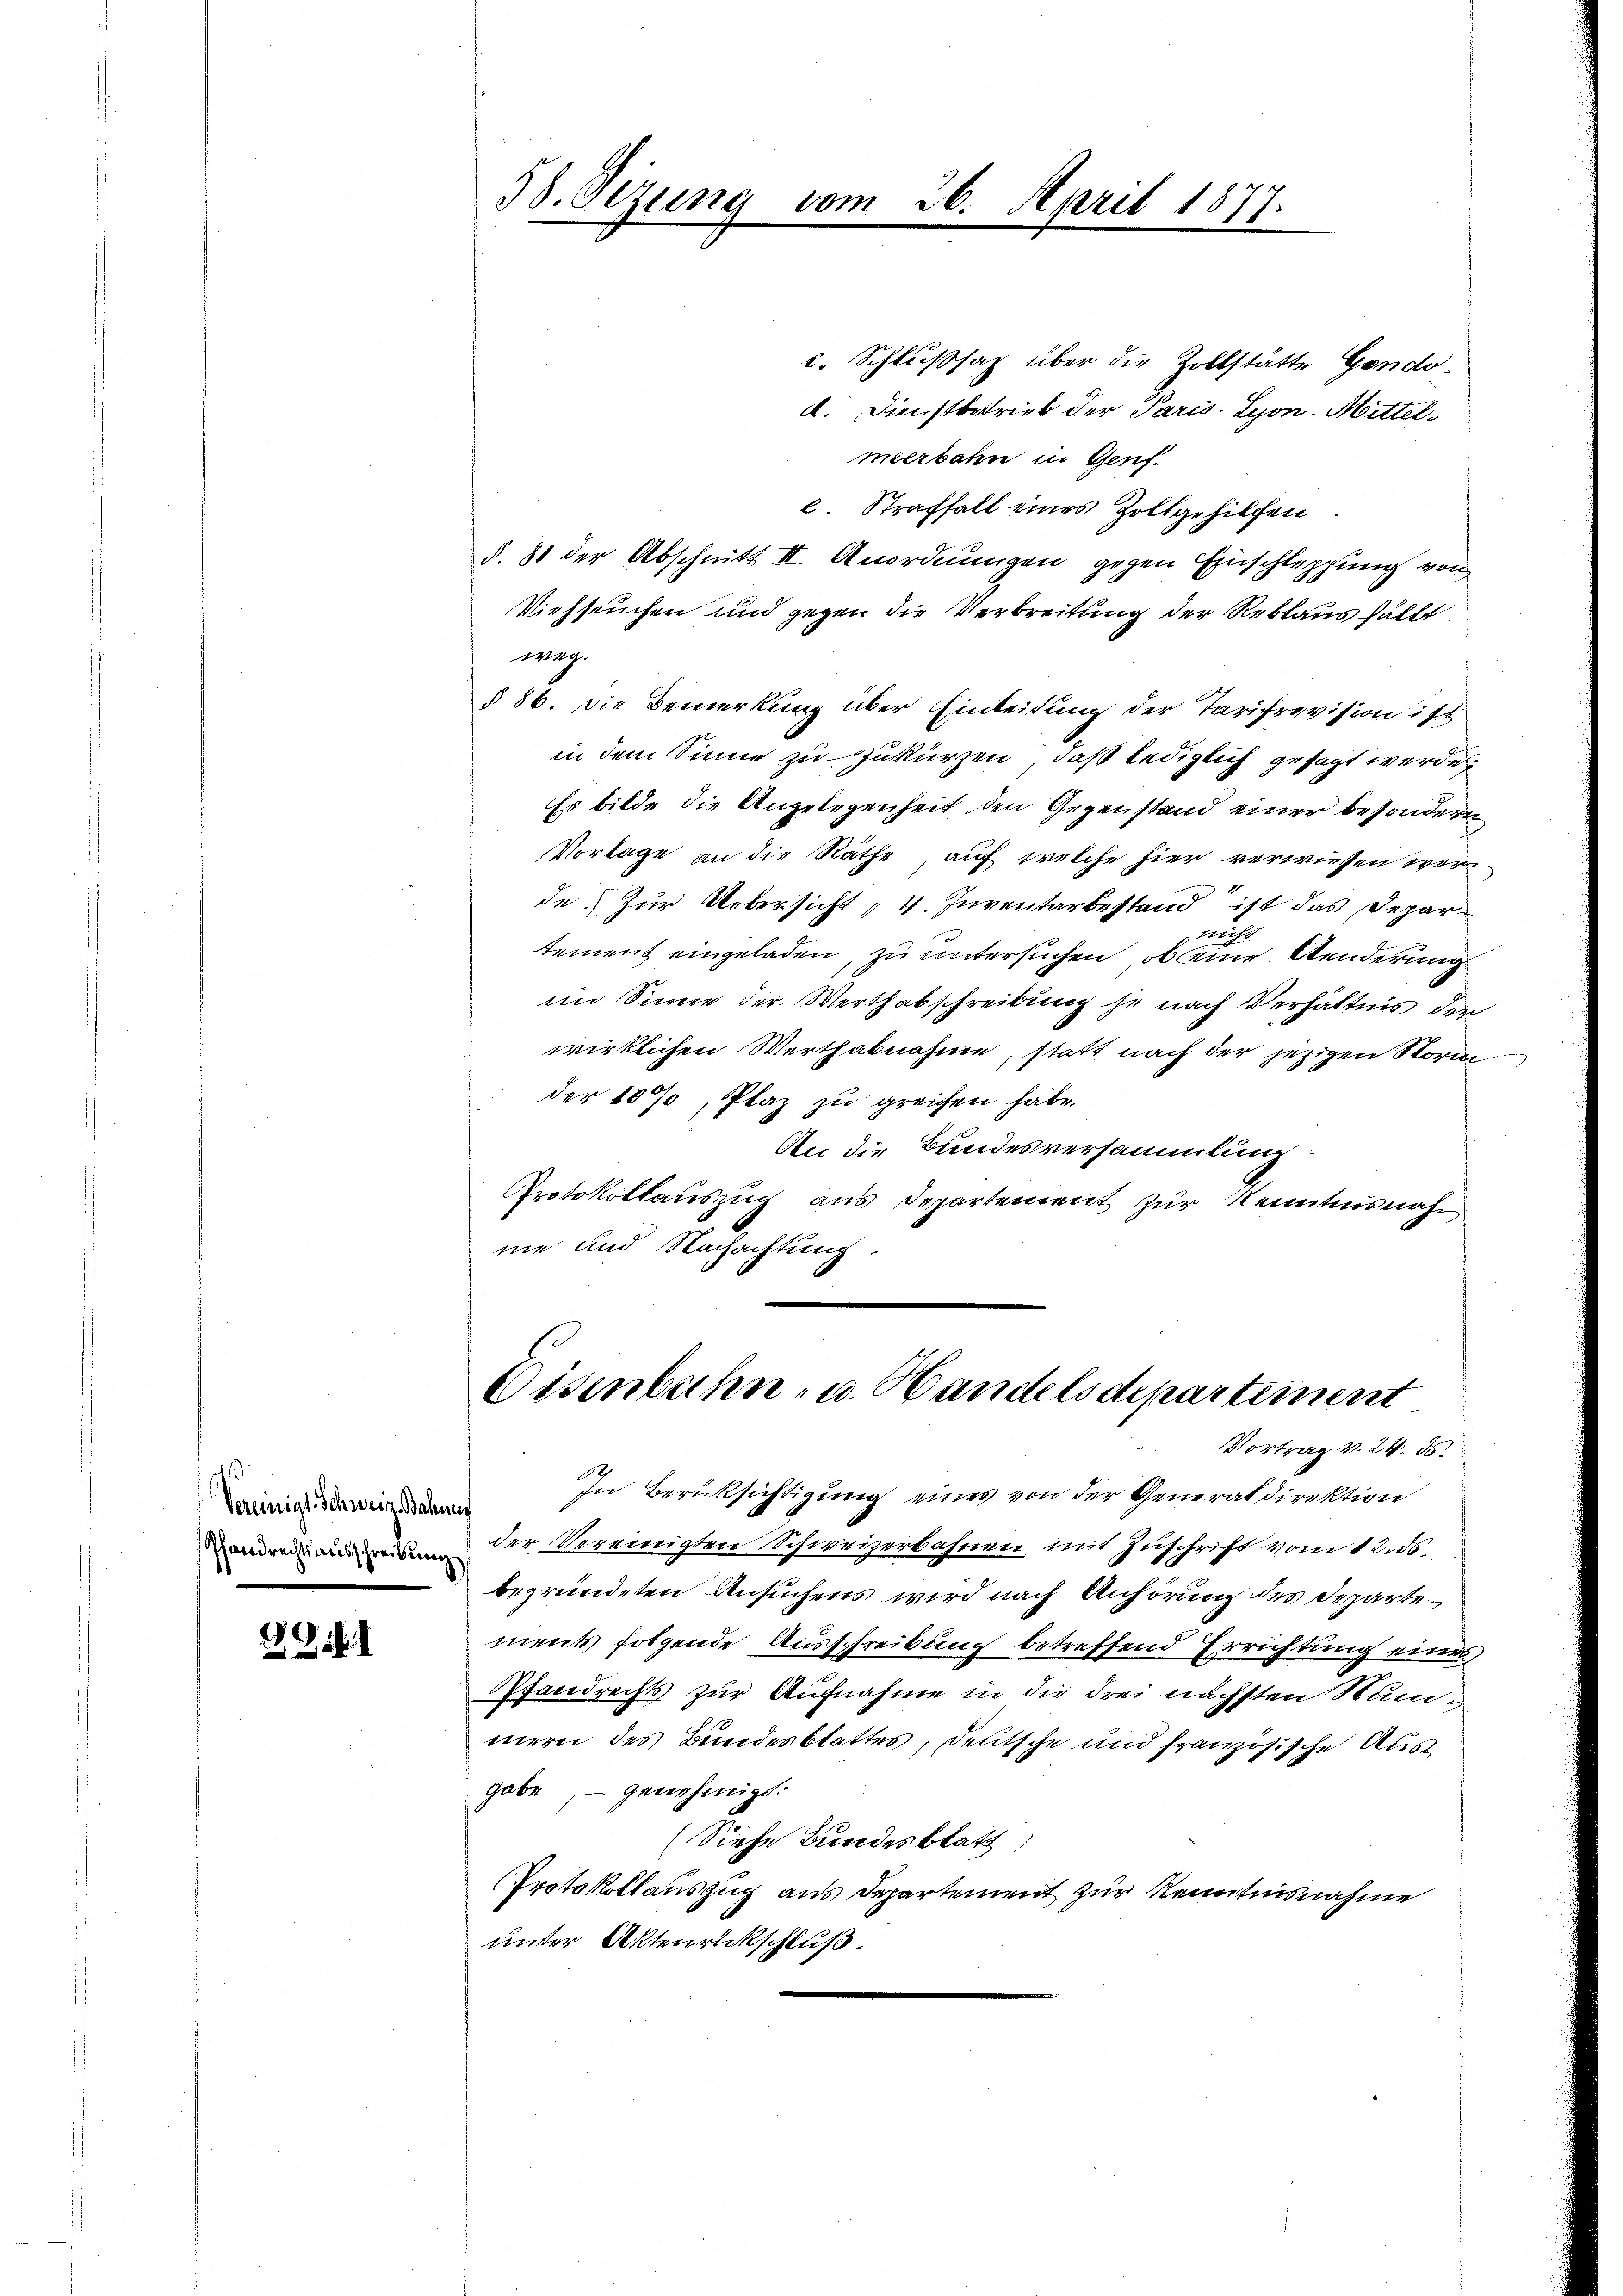
Vereinigt. Schweiz Bahne
Pfandrechtsausschreibung

.G. 1

38. Sizung vom 26. April 1877.

c. Schlußsat über die Zollstätte Gendo
d. Dienstbetrieb der Paris Lyon-Mittelmeerbahn in Genf.
l. Straffall eines Zollgehilfen
§. 81 der Abschnitt II. Anordnungen gegen Einschleppung von
Viehseuchen und gegen die Verbreitung der Reblaus fällt
weg.
§ 86. Die Bemerkung über Einleitung der Tarifrevision ist
in dem Sinne zu zukürzen, daß lediglich gesagt werde,
Es bilde die Angelegenheit den Gegenstand einer besondern
Vorlage an die Räthe, auf welche hier verwiesen wer¬
4
de. Zur Uebersicht, 4. Inventarbestand ist das Depar
wig
tement eingeladen, zu untersuchen, ob eine Aenderung
im Sinne der Werthabschreibung je nach Verhältnis den
wirklichen Werthabnahme, statt nach der jezigen Storm
der 189, Plaz zu greichen habe.
An die Bundesversammlung:
Protokollauszug aus Departement zur Kenntnisnah
me und Nachachtung.
Disenbahn- u. Handelsdepartement
Vortrag v. 24. ds.
In Berücksichtigung eines von der Generaldirektion
der Vereinigten Schweizerbahnen mit Zuschrift vom 12. ds.
begründeten Ansuchens wird nach Anhörung des Departements folgende Ausschreibung betreffend Errichtung eines
Pfandrechts zur Aufnahme in die drei nächsten Summern des Bundesblattes, deutsche und französische Ausgabe, – genehmigt.
(Siehe Bundesblatt
Protokollauszug aus Departement zur Kenntnisnahme
unter Aktenrückschluß.